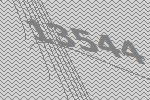
13544